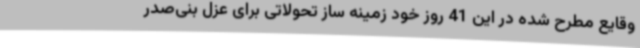
وقایع مطرح شده در این 41 روز خود زمینه ساز تحولاتی برای عزل بنی‌صدر